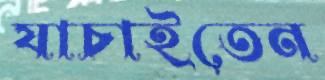
যাচাইতেন